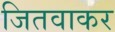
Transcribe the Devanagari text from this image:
जितवाकर